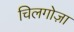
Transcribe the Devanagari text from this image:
चिलगोज़ा